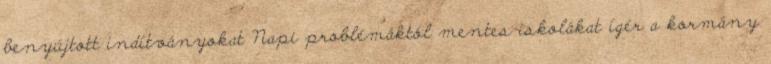
benyújtott indítványokat Napi problémáktól mentes iskolákat ígér a kormány